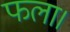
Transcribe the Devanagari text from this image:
फला।